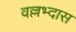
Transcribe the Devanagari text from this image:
वल्लभ्दास